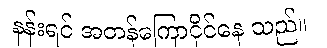
နန်းရင် အတန်ကြောငိုင်နေ သည်။